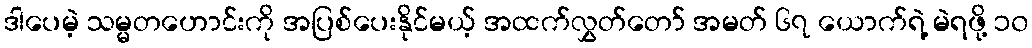
ဒါပေမဲ့ သမ္မတဟောင်းကို အပြစ်ပေးနိုင်မယ့် အထက်လွှတ်တော် အမတ် ၆၇ ယောက်ရဲ့ မဲရဖို့ ၁၀